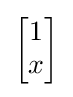
{\begin{bmatrix}1\\x\end{bmatrix}}